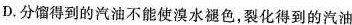
D.分馏得到的汽油不能使溴水褪色，裂化得到的汽油